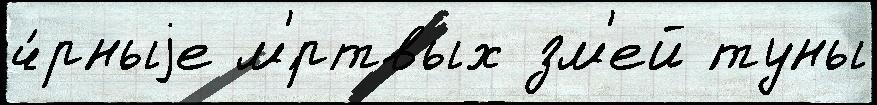
ч́рныjе м'́ртвых зм'ей ́туны